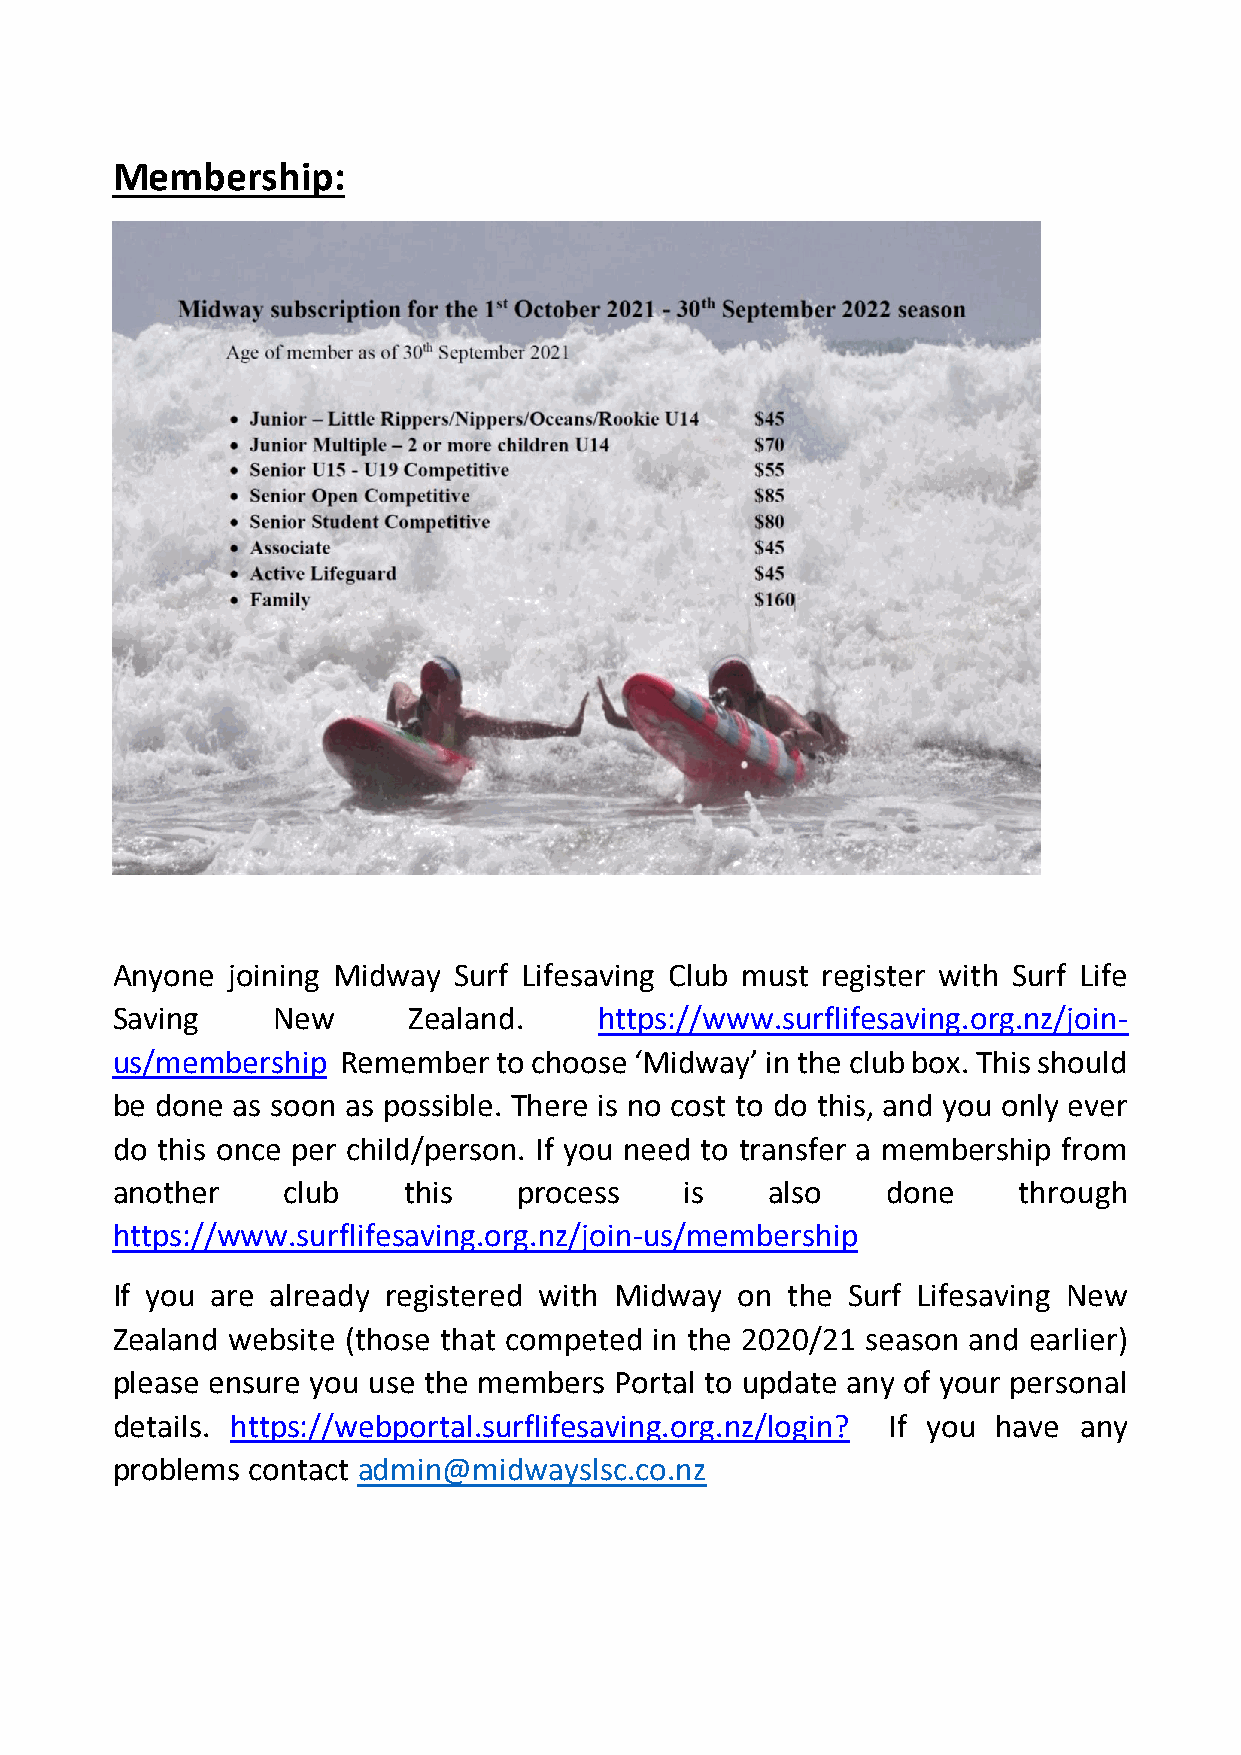
Membership:
 Anyone  joining Midway Surf Lifesaving Club must register with Surf Life
 Saving     New      Zealand.     https://www.surflifesaving.org.nz/join-
 us/membership  Remember   to choose ‘Midway’ in the club box. This should
 be done as soon as possible. There is no cost to do this, and you only ever
 do this once per child/person. If you need to transfer a membership from
 another     club    this   process    is    also    done    through
 https://www.surflifesaving.org.nz/join-us/membership
 If you are already registered with Midway on the Surf Lifesaving New
 Zealand website (those that competed in the 2020/21 season and earlier)
 please ensure you use the members Portal to update any of your personal
 details. https://webportal.surflifesaving.org.nz/login? If you have any
 problems contact admin@midwayslsc.co.nz